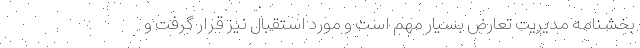
بخشنامه مدیریت تعارض بسیار مهم است و مورد استقبال نیز قرار گرفت و